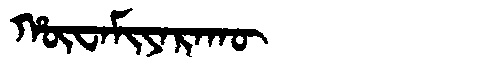
Manchu: ᡥᡡᠸᠠᠮᡳᠶᠠᡵᠠᡴᡡ
Romanization: HŪWAMIYARAKŪ